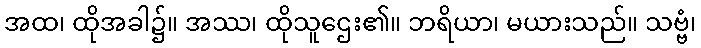
အထ၊ ထိုအခါ၌။ အဿ၊ ထိုသူဌေး၏။ ဘရိယာ၊ မယားသည်။ သဗ္ဗံ၊